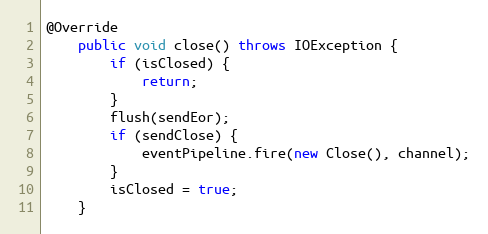
Language: Java
@Override
    public void close() throws IOException {
        if (isClosed) {
            return;
        }
        flush(sendEor);
        if (sendClose) {
            eventPipeline.fire(new Close(), channel);
        }
        isClosed = true;
    }